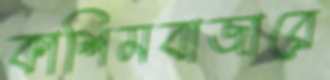
কাশিমবাজারে